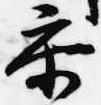
参